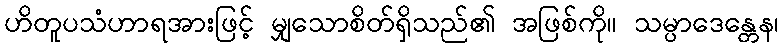
ဟိတူပသံဟာရအားဖြင့် မျှသောစိတ်ရှိသည်၏ အဖြစ်ကို။ သမ္ပာဒေန္တေန၊